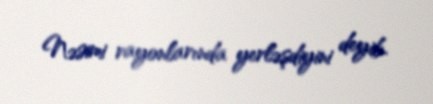
Nəsimi rayonlarında yerləşdiyini deyib.